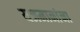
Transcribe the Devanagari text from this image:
यजमानांना